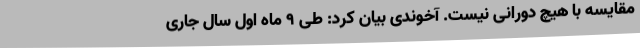
مقایسه با هیچ دورانی نیست. آخوندی بیان کرد: طی 9 ماه اول سال جاری